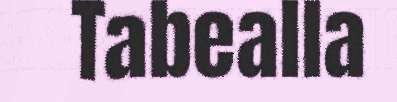
Tabealla